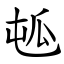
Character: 㼊